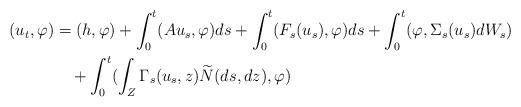
LaTeX: \begin{align*}(u_{t},\varphi)&=(h,\varphi)+\int_{0}^{t}(Au_{s}, \varphi)ds+\int_{0}^{t}(F_{s}(u_{s}), \varphi)ds+\int_{0}^{t}(\varphi, \Sigma_{s}(u_{s})dW_{s})\\&\quad+\int_{0}^{t}(\int_{Z}\Gamma_{s}(u_{s},z)\widetilde{N}(ds,dz), \varphi)\end{align*}